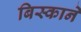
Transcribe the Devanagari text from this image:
बिस्काने